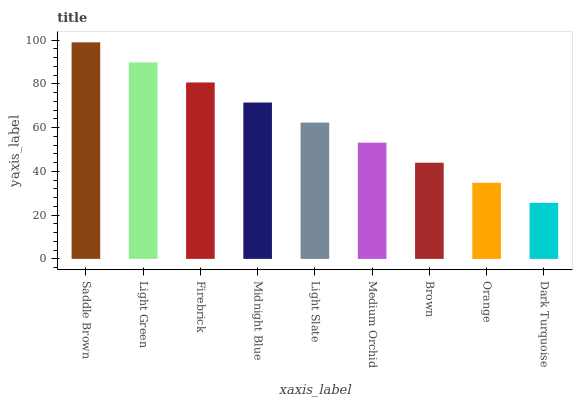
| xaxis_label | bars |
 | --- | --- |
 | Saddle Brown | 99 |
 | Light Green | 89.8 |
 | Firebrick | 80.7 |
 | Midnight Blue | 71.5 |
 | Light Slate | 62.3 |
 | Medium Orchid | 53.1 |
 | Brown | 44 |
 | Orange | 34.8 |
 | Dark Turquoise | 25.6 |